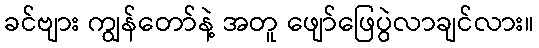
ခင်ဗျား ကျွန်တော်နဲ့ အတူ ဖျော်ဖြေပွဲလာချင်လား။